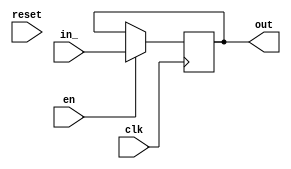
// This program was cloned from: https://github.com/NYU-MLDA/OpenABC
// License: BSD 3-Clause "New" or "Revised" License

module RegEn_0x68db79c4ec1d6e5b
(
  input  wire [   0:0] clk,
  input  wire [   0:0] en,
  input  wire [  15:0] in_,
  output reg  [  15:0] out,
  input  wire [   0:0] reset
);



  // PYMTL SOURCE:
  //
  // @s.posedge_clk
  // def seq_logic():
  //       if s.en:
  //         s.out.next = s.in_

  // logic for seq_logic()
  always @ (posedge clk) begin
    if (en) begin
      out <= in_;
    end
    else begin
    end
  end


endmodule